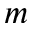
m